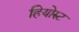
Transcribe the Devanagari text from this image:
हियोरुट